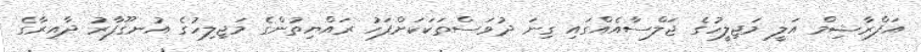
އަފްރާޝިމް އަލީ މަޖިލީހުގެ ޖަލްސާއެއްގައި ގިނަ ދުވަސްތަކަކަށްފަހު ރައްޔިތުންގެ މަޖިލިހުގެ އުނގޫފާރު ދާއިރާގެ